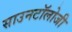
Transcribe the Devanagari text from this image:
साउनटॉलोजी